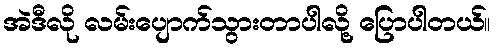
အဲဒီလို လမ်းပျောက်သွားတာပါလို့ ပြောပါတယ်။